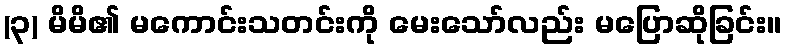
(၃) မိမိ၏ မကောင်းသတင်းကို မေးသော်လည်း မပြောဆိုခြင်း။